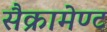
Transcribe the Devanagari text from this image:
सैक्रामेण्ट